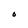
Character: O